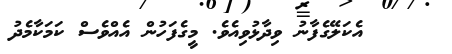
އެކަލޭގެފާނު ވިދާޅުވިއެވެ. މީގެފަހުން އެއްވެސް ކަމަކާމެދު